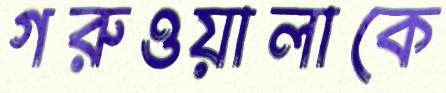
গরুওয়ালাকে